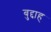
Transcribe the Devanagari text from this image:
बुद्दाह